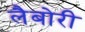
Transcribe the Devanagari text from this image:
लैबोरी